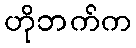
ဟိုဘက်က